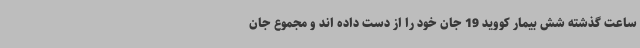
ساعت گذشته شش بیمار کووید 19 جان خود را از دست داده اند و مجموع جان